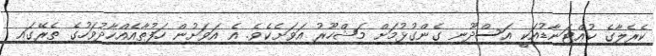
ކެރެލާގެ ކުއްޓަނާޑުއަކީ އަސްދޫނި ގެންގުޅުމަށް މަޝްހޫރު އަވަށެކެވެ. އެ އަވަށުން ހަފުތާއެއްހާދުވަހުގެ ތެރޭގައި